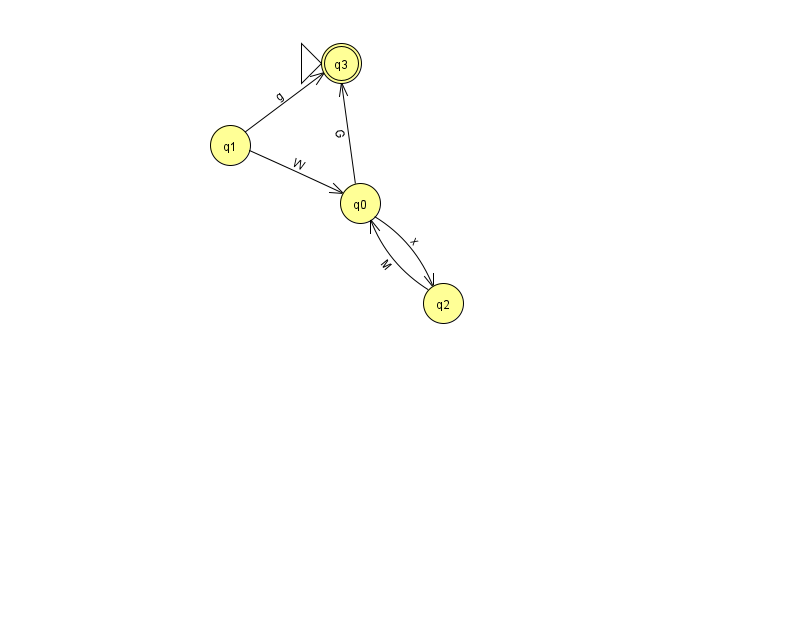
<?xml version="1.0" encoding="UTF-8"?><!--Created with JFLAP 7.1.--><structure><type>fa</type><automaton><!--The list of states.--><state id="0" name="q0"><x>360.0</x><y>190.0</y></state><state id="1" name="q1"><x>230.0</x><y>132.0</y></state><state id="2" name="q2"><x>443.0</x><y>290.0</y></state><state id="3" name="q3"><x>341.0</x><y>50.0</y><initial/><final/></state><!--The list of transitions.--><transition><from>0</from><to>2</to><read>x</read></transition><transition><from>1</from><to>0</to><read>W</read></transition><transition><from>2</from><to>0</to><read>M</read></transition><transition><from>1</from><to>3</to><read>g</read></transition><transition><from>0</from><to>3</to><read>G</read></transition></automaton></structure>